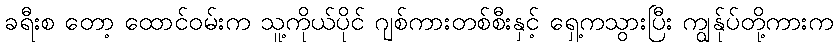
ခရီးစ တော့ ထောင်ဝမ်းက သူ့ကိုယ်ပိုင် ဂျစ်ကားတစ်စီးနှင့် ရှေ့ကသွားပြီး ကျွန်ုပ်တို့ကားက